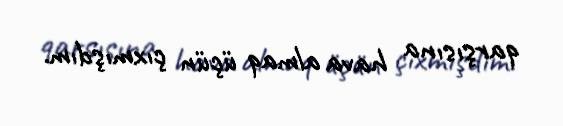
qarşısına hava almaq üçün çıxmışdım.